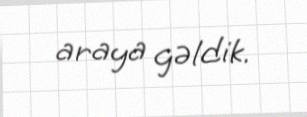
araya gəldik.